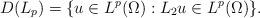
LaTeX: \begin{align*}D(L_p) = \{ u \in L^p(\Omega): L_2 u \in L^p(\Omega) \}.\end{align*}